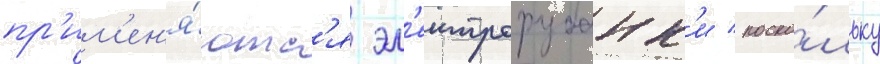
пр'им'ен'я́ютс'я эл'ектрорубанк'и / поско́льку